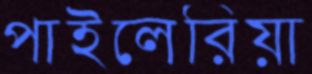
পাইলেরিয়া